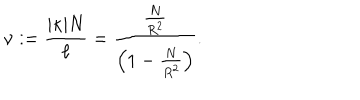
\nu : = \frac { | \kappa | N } { \ell } = \frac { \frac { N } { R ^ { 2 } } } { \left( 1 - \frac { N } { R ^ { 2 } } \right) } .